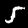
Label: 5